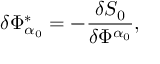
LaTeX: \delta \Phi _ { \alpha _ { 0 } } ^ { * } = - \frac { \delta S _ { 0 } } { \delta \Phi ^ { \alpha _ { 0 } } } ,